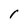
Character: I